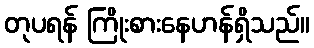
တုပရန် ကြိုးစားနေဟန်ရှိသည်။